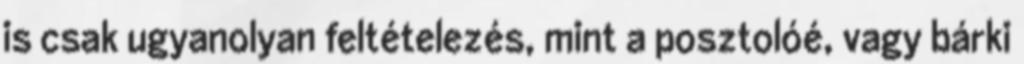
is csak ugyanolyan feltételezés, mint a posztolóé, vagy bárki